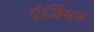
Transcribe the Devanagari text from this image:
ऐजियन